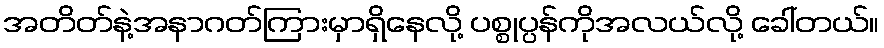
အတိတ်နဲ့အနာဂတ်ကြားမှာရှိနေလို့ ပစ္စုပ္ပန်ကိုအလယ်လို့ ခေါ်တယ်။